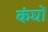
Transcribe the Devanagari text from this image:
कंघों